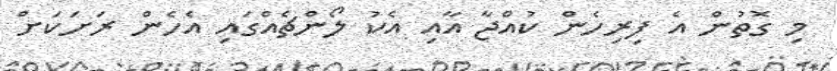
މި ގޮތުން އެ ފިރިހެން ކުއްޖާ އާއި އެކު ލޯންޗެއްގައި އެހެން ރަށަކަށް